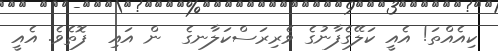
ކިއެއްތަ! އެއީ ކަލޭގެފާނުގެ ވެރިރަސްކަލާނގެ  ން އައި  ފޮތެވެ. އެއީ